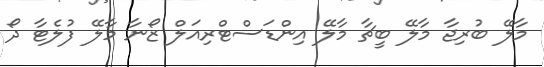
މާލޭ ބުރިޖާ މާލޭ ބީޗާ މާލޭ އިންޑަސްޓްރިއަލް ޒޯނާ މާލޭ ފުލެޓާ ދޯ